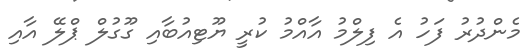
މެންދުރު ފަހު އެ ފިލްމު އާއްމު ކުރީ ޔޫޓިއުބާއި ގޫގުލް ޕްލޭ އާއި